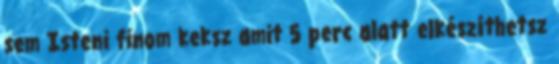
sem Isteni finom keksz amit 5 perc alatt elkészíthetsz